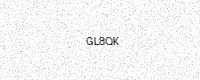
Text: GL8QK